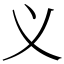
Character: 义